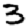
Digit: 3